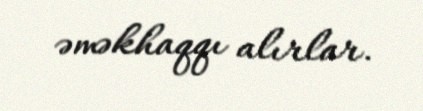
əməkhaqqı alırlar.